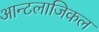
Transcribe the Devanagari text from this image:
आन्टलाजिकल